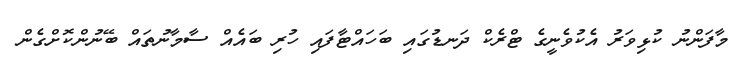
މާފަންނު ކުޅިވަރު އެކުވެނީގެ ޓްރެކް ދަނޑުގައި ބަހައްޓާފައި ހުރި ބައެއް ސާމާނުތައް ބޭނުންކޮށްގެން